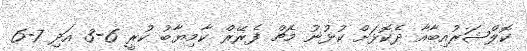
ކޮލްޝަރުއިބާއާ ދެކޮޅަށް ކުޅުނު މެޗް ފެރޭރް ކާމިޔާބު ކުރީ 6-3 އަދި 7-6